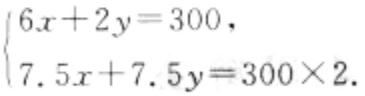
$\begin{cases}6x + 2y = 300,\\7.5x + 7.5y = 300\times2.\end{cases}$